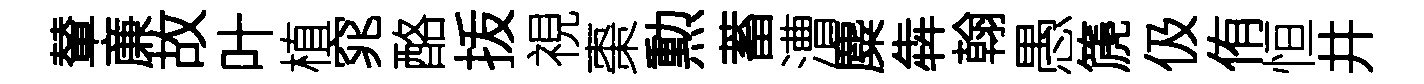
輦亷故叶植窕酪㧞視棗勲蓄漕麋犇翰愚篪伋侑恒井